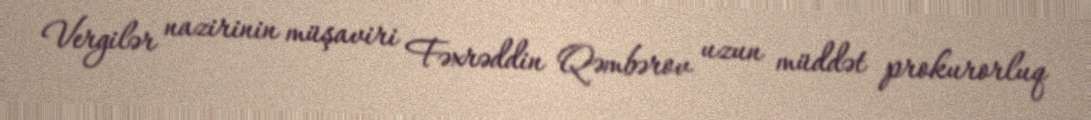
Vergilər nazirinin müşaviri Fəxrəddin Qəmbərov uzun müddət prokurorluq